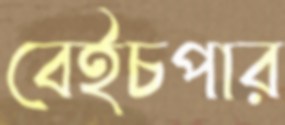
বেইচপার